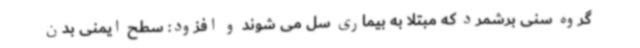
گروه سنی برشمرد که مبتلا به بیماری سل می شوند و افزود: سطح ایمنی بدن